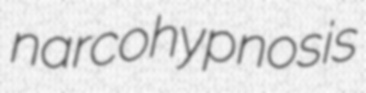
narcohypnosis